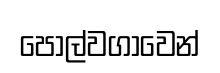
පොල්වගාවෙන්